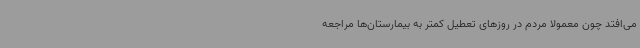
می‌افتد چون معمولا مردم در روزهای تعطیل کمتر به بیمارستان‌ها مراجعه